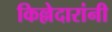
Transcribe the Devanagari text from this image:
किल्लेदारांनी